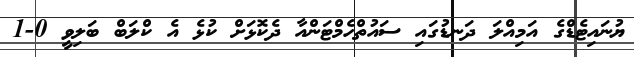
ޔުނައިޓެޑްގެ އަމިއްލަ ދަނޑުގައި ސައުތްހެމްޓަންއާ ދެކޮޅަށް ކުޅެ އެ ކްލަބް ބަލިވީ 0-1